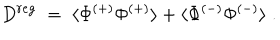
D ^ { r e g } \; = \; \langle \Phi ^ { ( + ) } \Phi ^ { ( + ) } \rangle + \langle \Phi ^ { ( - ) } \Phi ^ { ( - ) } \rangle \; .